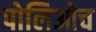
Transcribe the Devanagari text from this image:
पोलिओच